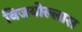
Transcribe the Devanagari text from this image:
विजयोल्लास